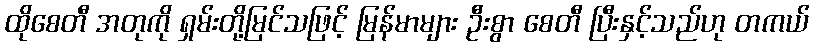
ထိုစေတီ အတုကို ရှမ်းတို့မြင်သဖြင့် မြန်မာများ ဦးစွာ စေတီ ပြီးနှင့်သည်ဟု တကယ်